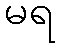
မရ